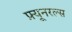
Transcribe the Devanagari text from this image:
फ़्यूनरल्स